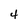
Character: 4